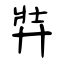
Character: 弉